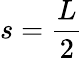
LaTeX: s=\frac{L}{2}